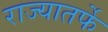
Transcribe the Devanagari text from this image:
राज्यातर्फे